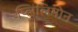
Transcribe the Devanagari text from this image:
प्लिंलिमोन